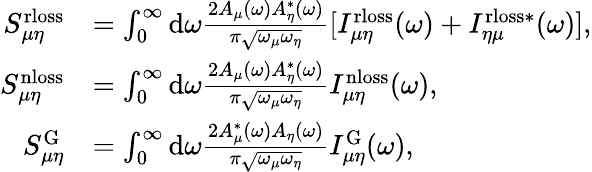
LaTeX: \begin{array}{rl}{S_{\mu\eta}^{\mathrm{rloss}}}&{=\int_{0}^{\infty}{\mathrm d}\omega\frac{2A_{\mu}(\omega)A_{\eta}^{*}(\omega)}{\pi\sqrt{\omega_{\mu}\omega_{\eta}}}[I_{\mu\eta}^{\mathrm{rloss}}(\omega)+I_{\eta\mu}^{\mathrm{rloss*}}(\omega)],}\\ {S_{\mu\eta}^{\mathrm{nloss}}}&{=\int_{0}^{\infty}{\mathrm d}\omega\frac{2A_{\mu}(\omega)A_{\eta}^{*}(\omega)}{\pi\sqrt{\omega_{\mu}\omega_{\eta}}}I_{\mu\eta}^{\mathrm{nloss}}(\omega),}\\ {S_{\mu\eta}^{\mathrm{G}}}&{=\int_{0}^{\infty}{\mathrm d}\omega\frac{2A_{\mu}^{*}(\omega)A_{\eta}(\omega)}{\pi\sqrt{\omega_{\mu}\omega_{\eta}}}I_{\mu\eta}^{\mathrm{G}}(\omega),}\end{array}